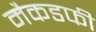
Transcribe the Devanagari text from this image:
मैकडफी